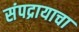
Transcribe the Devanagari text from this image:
संपद्रायाचा